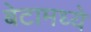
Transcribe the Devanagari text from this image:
बेटामध्ये